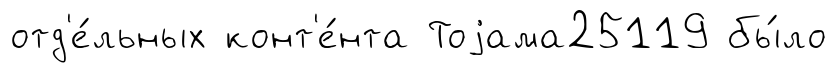
отд'е́льных конт'е́нта Тоjама25119 бы́ло